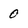
Character: 0